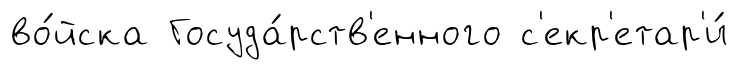
во́йска Госуда́рств'енного с'екр'етар'и́